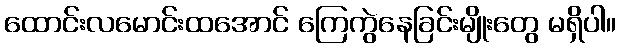
ထောင်းလမောင်းထအောင် ကြေကွဲနေခြင်းမျိုးတွေ မရှိပါ။